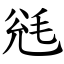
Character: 毤